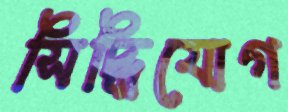
সিদ্ধিযোগ